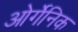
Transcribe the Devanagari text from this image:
ओर्गेनिक